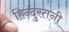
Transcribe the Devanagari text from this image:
हिन्दुस्तनी